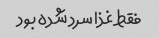
فقط غذا سرد شده بود